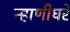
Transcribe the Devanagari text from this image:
न्हाणीघरे